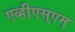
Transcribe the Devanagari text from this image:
एव्हीएस्एम्